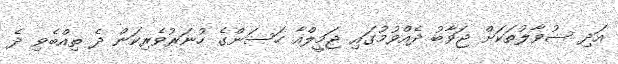
އަދި ސުވާލުތަކަށް ޖަވާބު ދެއްވުމުގައި ޖަމީލްއާ ހަސަންގެ ހުނަރުވެރިކަން ދެ ތިއްބެވި ދެ